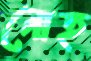
নোহ